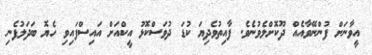
އީވާނަށް ފުންނޭވާއެއް ދޫކޮށްލެވުނެވެ. ފާއިތުވެދިޔަ ކުޑަ ދުވަސްކޮޅު އީކްއަށް އައިސްފައިވި ހެޔޮ ބަދަލުފެނި